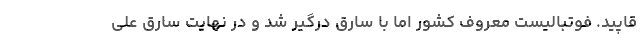
قاپید. فوتبالیست معروف کشور اما با سارق درگیر شد و در نهایت سارق علی